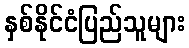
နှစ်နိုင်ငံပြည်သူများ